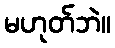
မဟုတ်ဘဲ။